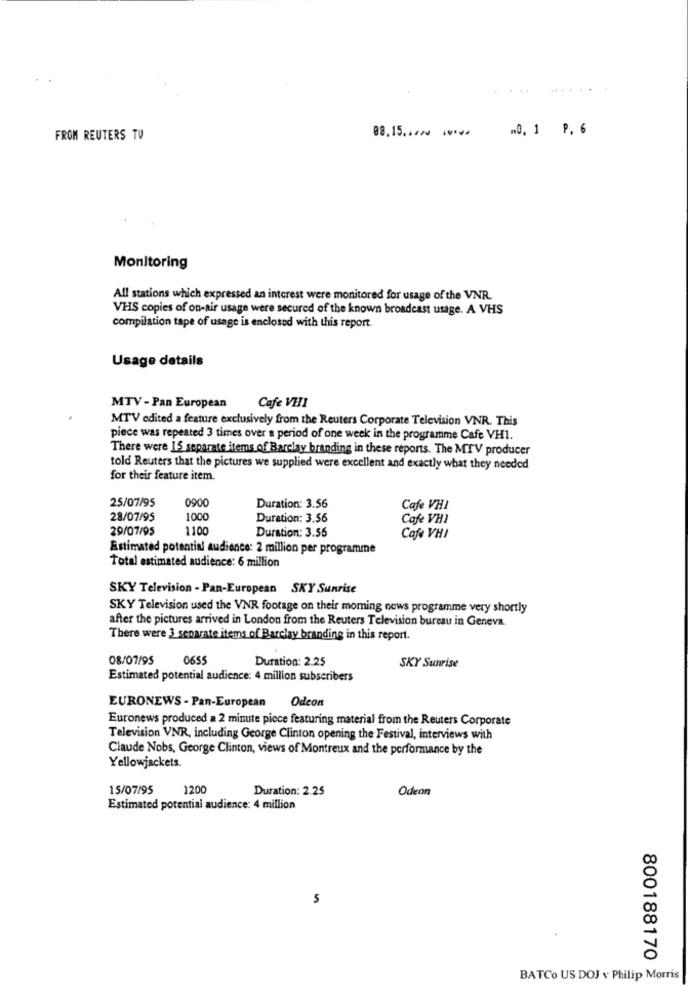
08.15 .... .... 0. 1 P. 6
FROM REUTERS TU
Monitoring
All stations which expressed an interest were monitored for usage of the VNR.
VHS copies of on-air usage were secured of the known broadcast usage. A VHS
compilation tape of usage is enclosed with this report.
Usage details
MTV - Pan European
Cafe VHI
MTV edited a feature exclusively from the Reuters Corporate Television VNR. This
piece was repeated 3 times over a period of one week in the programme Cafe VH1.
There were 15 separate items of Barclay branding in these reports. The MTV producer
told Reuters that the pictures we supplied were excellent and exactly what they needed
for their feature item.
25/07/95
0900
Duration: 3.56
Cafe VHI
28/07/95
1000
Duration: 3.56
Cafe VH1
29/07/95
1100
Duration: 3.56
Cafe VHI
Estimated potential audience: 2 million per programme
Total estimated audience: 6 million
SKY Television - Pan-European SKY Sunrise
SKY Television used the VNR footage on their moming news programme very shortly
after the pictures arrived in London from the Reuters Television bureau in Geneva.
There were 3 separate items of Barclay branding in this report.
08/07/95
0655
Duration: 2.25
SKY Sunrise
Estimated potential audience: 4 million subscribers
EURONEWS - Pan-European
Odeon
Euronews produced a 2 minute piece featuring material from the Reuters Corporate
Television VNR, including George Clinton opening the Festival, interviews with
Claude Nobs, George Clinton, views of Montreux and the performance by the
Yellowjackets.
15/07/95
1200
Duration: 2.25
Odeon
Estimated potential audience: 4 million
800188170
BATCo US DOJ v Philip Morris